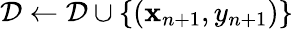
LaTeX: \mathcal{D}\leftarrow\mathcal{D}\cup\{ (\mathbf{x}_{n+1},y_{n+1})\}